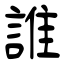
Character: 誰